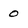
Character: 0